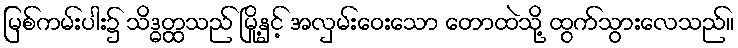
မြစ်ကမ်းပါး၌ သိဒ္ဓတ္ထသည် မြို့နှင့် အလှမ်းဝေးသော တောထဲသို့ ထွက်သွားလေသည်။